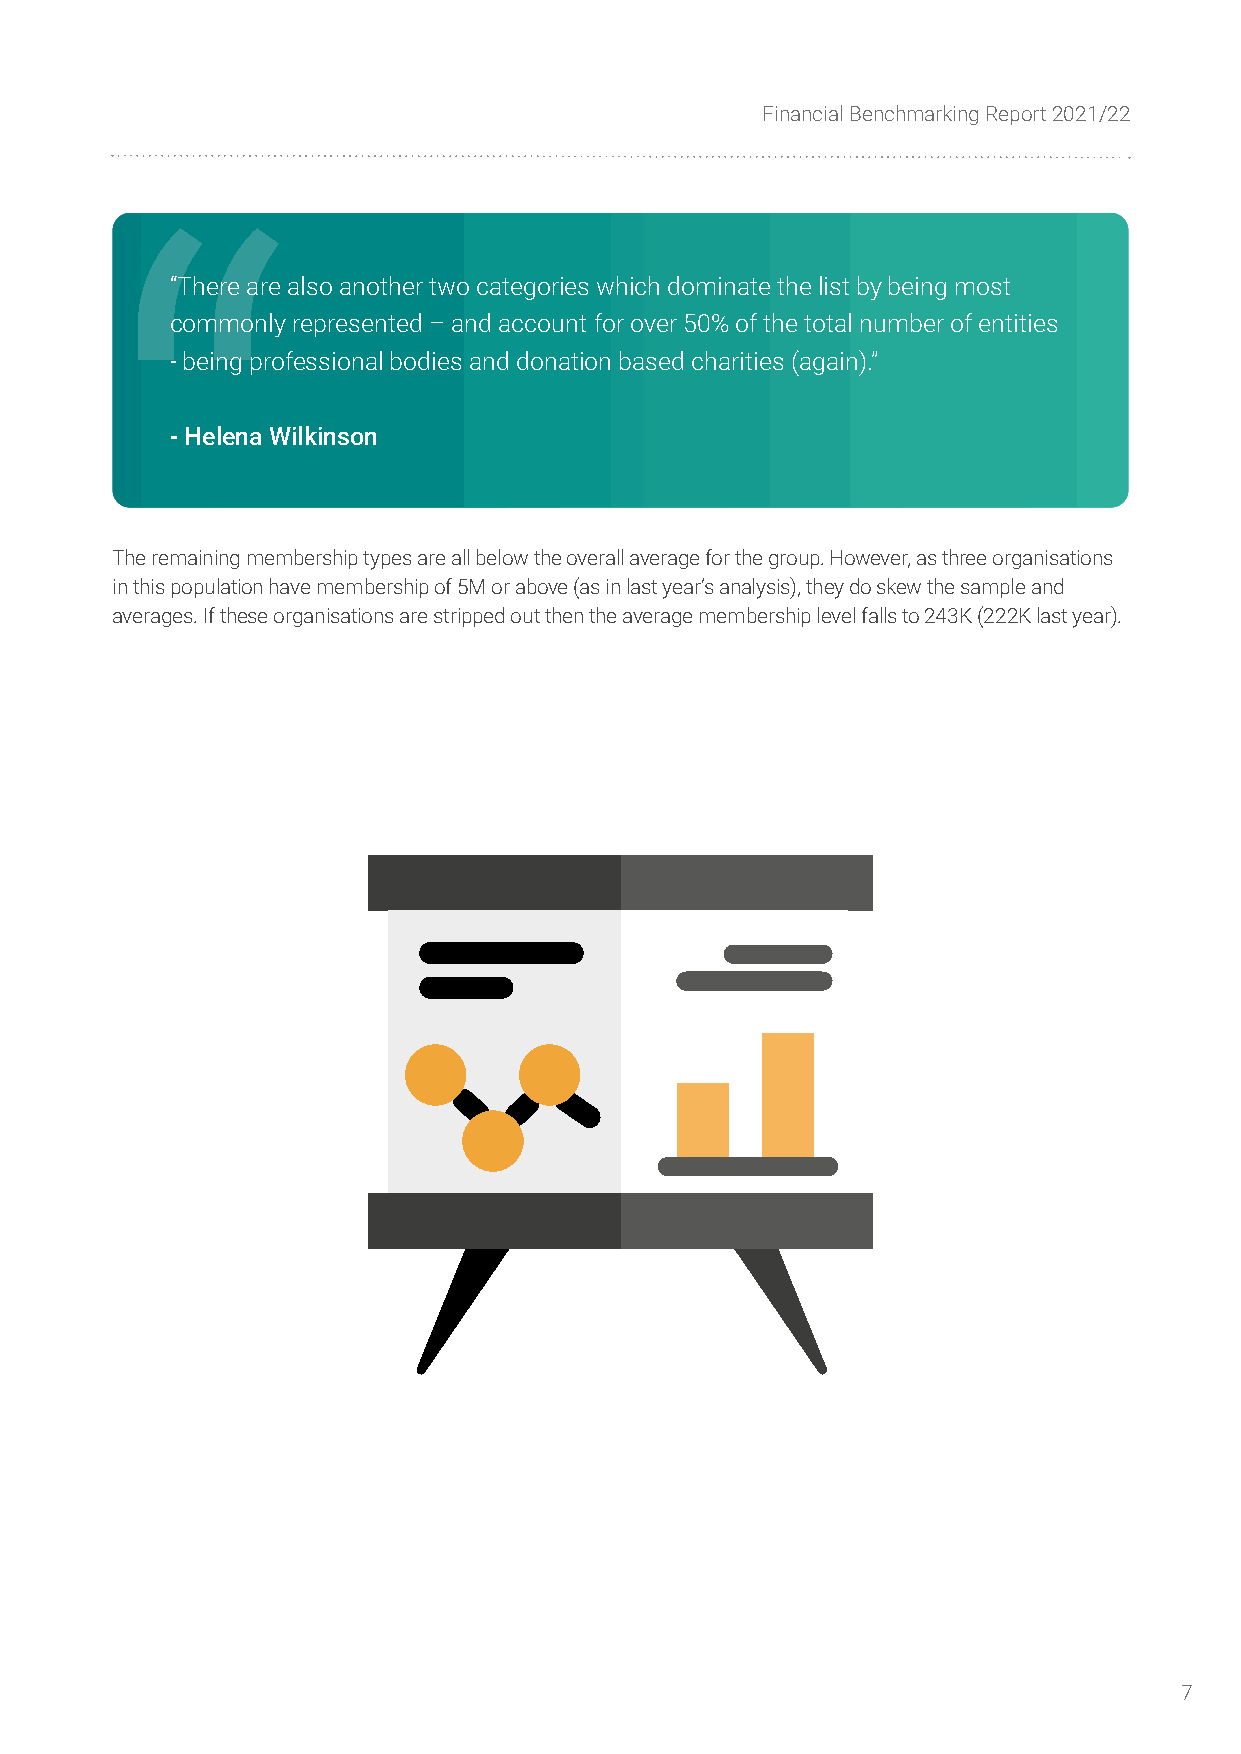
Financial Benchmarking Report 2021/22
 “There are also another two categories which dominate the list by being most
 commonly represented – and account for over 50% of the total number of entities
 -being professional bodies and donation based charities (again).”
 -Helena Wilkinson
 The remaining membership types are all below the overall average for the group. However, as three organisations
 in this population have membership of 5M or above (as in last year’s analysis), they do skew the sample and
 averages. If these organisations are stripped out then the average membership level falls to 243K (222K last year).
 7